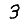
Digit: 3